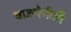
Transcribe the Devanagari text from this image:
वाजपेयीजी